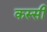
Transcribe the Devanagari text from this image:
कस्सी